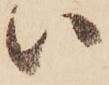
い